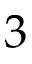
3